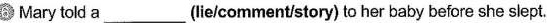
6 Mary told a ___ (lie/comment/story) to her baby before she slept.